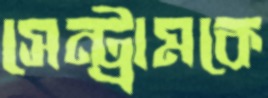
সেন্ট্রামকে